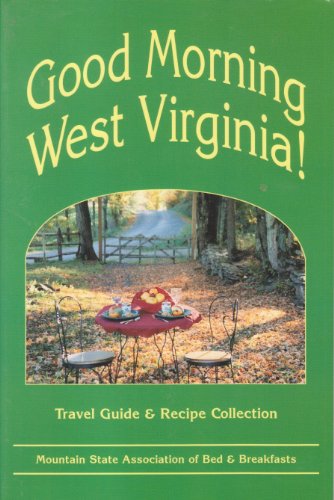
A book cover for Good Morning West Virginia: Travel Guide & Recipe Collection; Mountain State Association of Bed & Breakfasts; Travel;